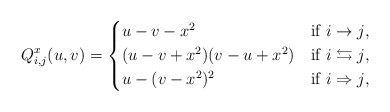
\begin{align*} Q^x_{i,j}(u,v) = \begin{cases*} u-v-x^2 & if $i\to j$,\\ (u-v+x^2)(v-u+x^2) & if $i\leftrightarrows j$,\\ u-(v-x^2)^2 & if $i\Rightarrow j$, \end{cases*} \end{align*}